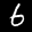
Label: 6